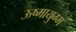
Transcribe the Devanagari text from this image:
ऊष्मायुग्म